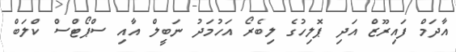
އާދަމް ފައިރޫޒް އަދި ޕޮލިހުގެ ލިބެރޯ އަހުމަދު ނަބީލް އާއި ސްޕޯޓްސް ކްލަބް